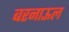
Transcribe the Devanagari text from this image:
बरनाऊल